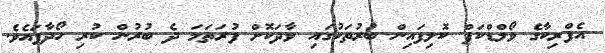
އެފްރިކާގެ ވޯލްޑްކަޕް ކޮލިފައިން ބުރުތަކުގައި ވާދަކޮށް ފުރަތަމަ ދެ ބުރުން ކުރި ހޯދާފައެވެ.